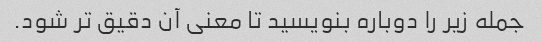
جمله زیر را دوباره بنویسید تا معنی آن دقیق تر شود.